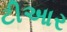
ટીઆર